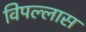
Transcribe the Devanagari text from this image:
विपल्लास